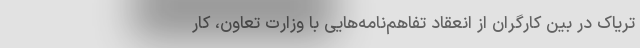
تریاک در بین کارگران از انعقاد تفاهم‌نامه‌هایی با وزارت تعاون، کار